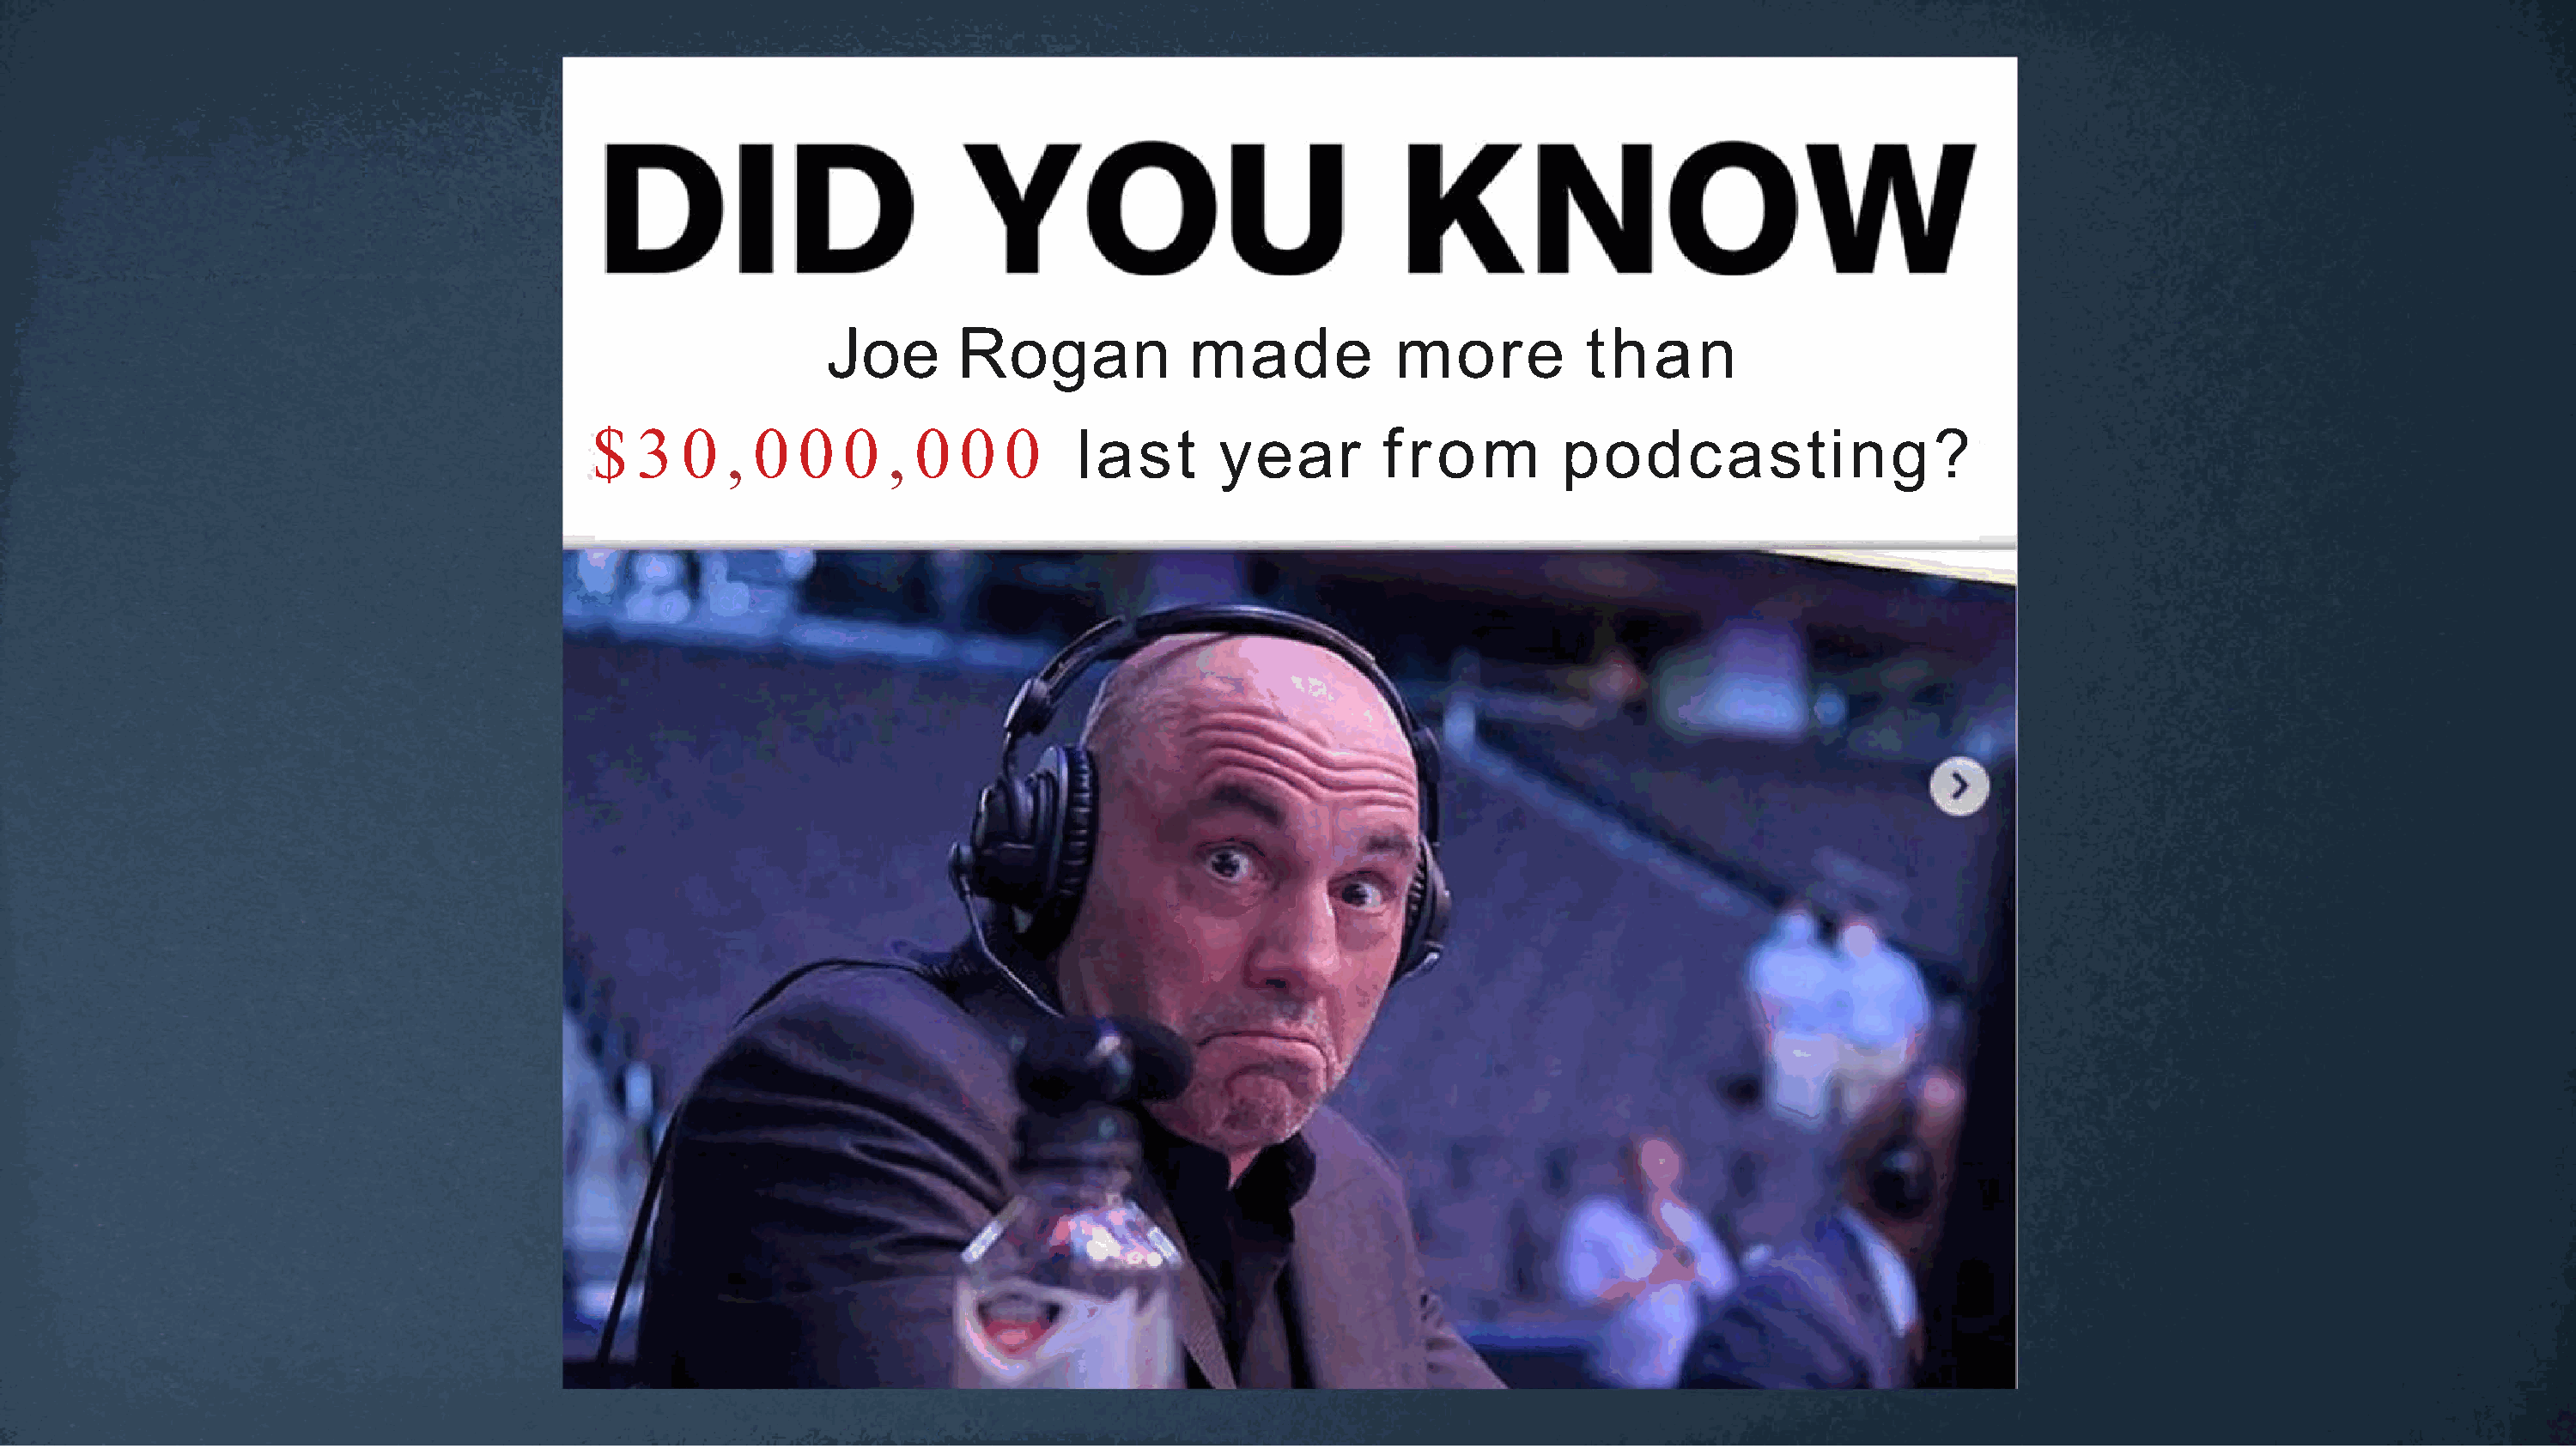
Joe       Rogan             made            more          than
 $  3   0,   0   0  0,    0  0  0     last       year         f r o  m     podcasting?